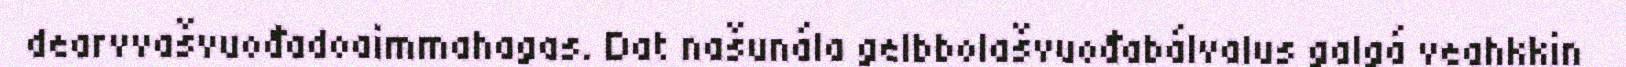
dearvvašvuođadoaimmahagas. Dat našunála gelbbolašvuođabálvalus galgá veahkkin